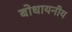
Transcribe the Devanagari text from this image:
बोधायनीय